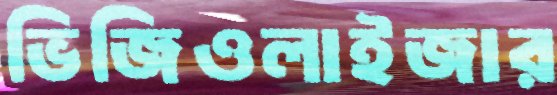
ভিজিওলাইজার